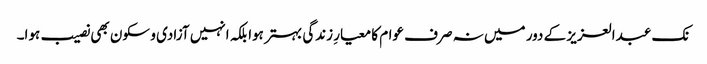
نک عبدالعزیز کے دور میں نہ صرف عوام کا معیارِ زندگی بہتر ہوا بلکہ انہیں آزادی و سکون بھی نصیب ہوا۔